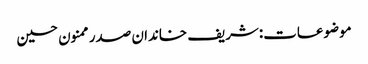
موضوعات:شریف خاندان صدر ممنون حسین